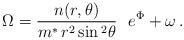
LaTeX: \begin{align*}\Omega =\frac{n(r,\theta )}{m^{*}\,r^2\sin {}^2\theta }\,\,\,\,e^\Phi+\omega \,.\end{align*}